Vaccination in Burma 1912-1922 - 1912-1922
Year: 1912
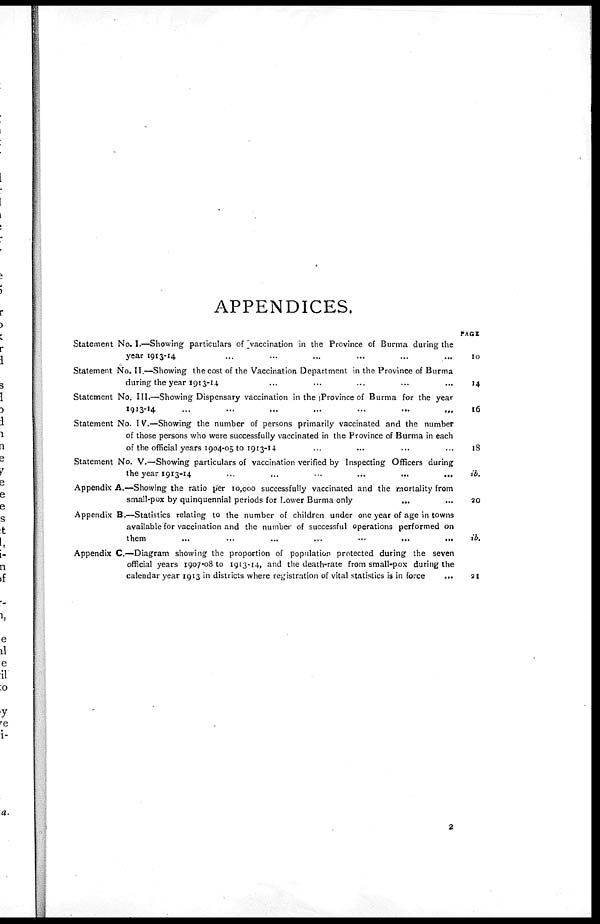
APPENDICES.
Statement No. 1.—Showing particulars of vaccination in the Province of Burma during the
year 1913-14 ... ... ... ... ...
Statement No. II.—Showing the cost of the Vaccination Department in the Province of Burma
during the year 1913-14 ... ... ... ... ...
Statement No. III.—Showing Dispensary vaccination in the Province of Burma for the year
1913-14.... ... ... ... ...
Statement No. IV.—Showing the number of persons primarily vaccinated and the number
of those persons who were successfully vaccinated in the Province of Burma in each
of the official years 1904-05 to 1913-14... ... ... ... ... ...
Statement No. V.—Showing particulars of vaccination verified by Inspecting Officers during
the year 1913-14
...
...
...
...
...
Appendix A.—Showing the ratio per 10,000 successfully vaccinated and the mortality from
small-pox by quinquennial periods for Lower Burma only ... ... ... ... ...
Appendix B.—Statistics relating to the number of children under one year of age in towns
available for vaccination and the number of successful operations performed on
them
...
...
...
...
Appendix C—Diagram showing the proportion of population protected during the seven
official years 1907-08 to 1913-14, and the death-rate from small-pox during the
calendar year 1913 in districts where registration of vital statistics is in force
...
PAGE
10
14
16
18
ib.
20
ib.
21
2